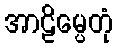
အာဠိမ္ပေတုံ